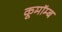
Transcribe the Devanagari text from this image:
कूमॉम्ब